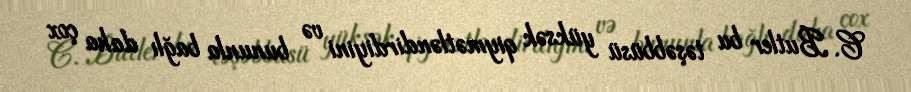
C. Butler bu təşəbbüsü yüksək qiymətləndirdiyini və bununla bağlı daha çox